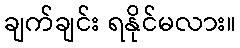
ချက်ချင်း ရနိုင်မလား။